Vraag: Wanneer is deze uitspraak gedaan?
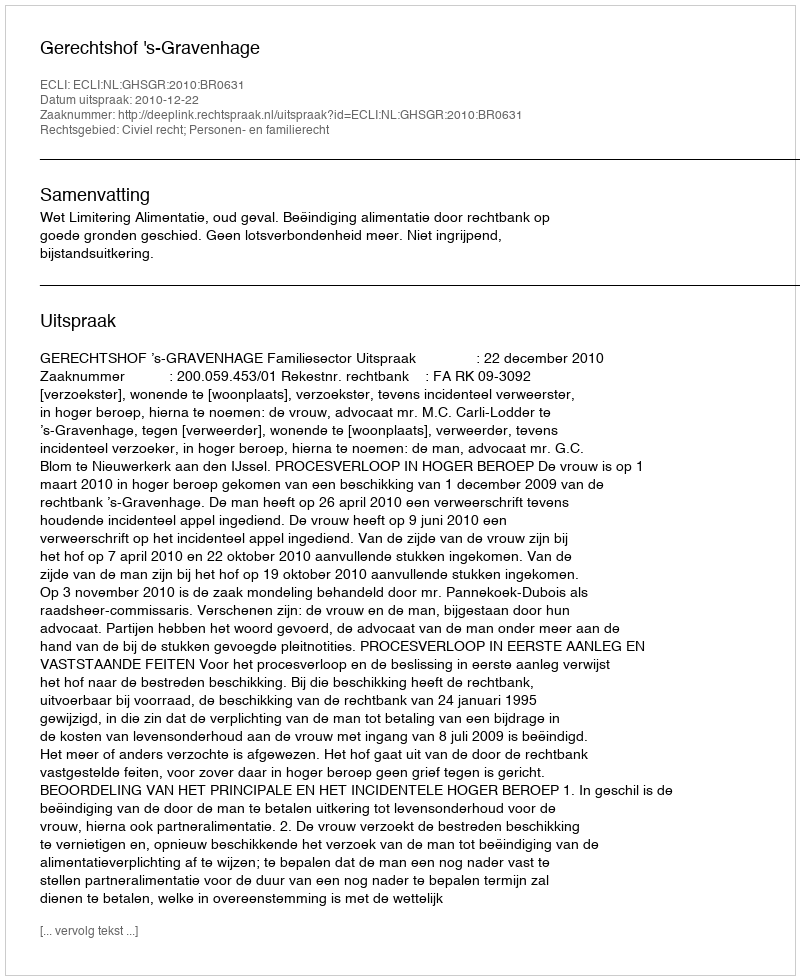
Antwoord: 2010-12-22